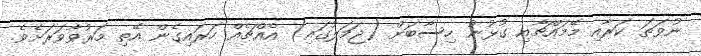
ނުވަތަ ކަރާއި މޭމައްޗާއި ގުޅުނު ހިސާބަށް (ޖަމަލުގައި) އެއްޗެއް ހަރައިގެން އޭތި މަރުވާވަރަށެވެ.